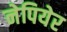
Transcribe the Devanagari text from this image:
नेपियेर